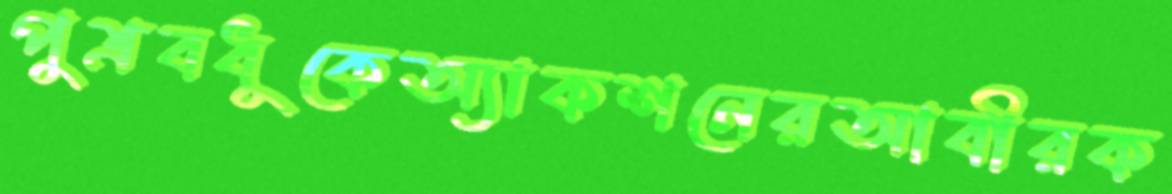
পুত্রবধূকেঅ্যাকশনেরআবীরক